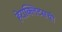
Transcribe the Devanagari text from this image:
हेराक्लिटसची